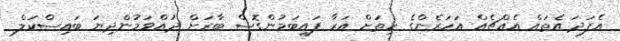
އެފަދަ އެތައް އެއްޗެއް އަހަރެންގެ ހިތަށް އަރާ ފައިބަމުންގޮސް ބާރަށް ދުއްވަމުންދިޔަ ބައިސްކަލް